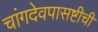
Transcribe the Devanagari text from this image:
चांगदेवपासष्टीची